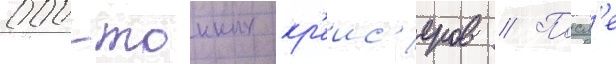
000-тонных кр'еис'еров // Посл'е